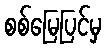
စစ်မြေပြင်မှ